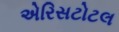
એરિસટોટલ